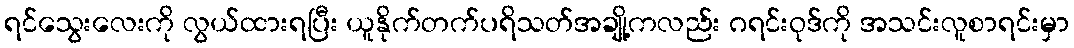
ရင်သွေးလေးကို လွယ်ထားရပြီး ယူနိုက်တက်ပရိသတ်အချို့ကလည်း ဂရင်းဝုဒ်ကို အသင်းလူစာရင်းမှာ